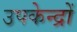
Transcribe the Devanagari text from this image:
उपकेन्द्रों